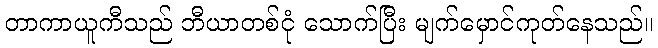
တာကာယူကီသည် ဘီယာတစ်ငုံ သောက်ပြီး မျက်မှောင်ကုတ်နေသည်။